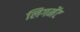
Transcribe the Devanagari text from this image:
लिगमेंट